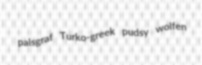
palsgraf Turko-greek pudsy wolfen